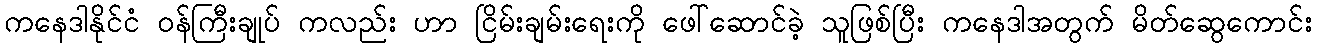
ကနေဒါနိုင်ငံ ဝန်ကြီးချုပ် ကလည်း ဟာ ငြိမ်းချမ်းရေးကို ဖေါ်ဆောင်ခဲ့ သူဖြစ်ပြီး ကနေဒါအတွက် မိတ်ဆွေကောင်း